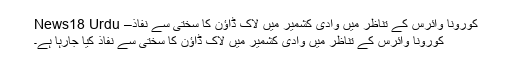
کورونا وائرس کے تناظر میں وادی کشمیر میں لاک ڈاؤن کا سختی سے نفاذ– News18 Urdu
کورونا وائرس کے تناظر میں وادی کشمیر میں لاک ڈاؤن کا سختی سے نفاذ کیا جارہا ہے۔